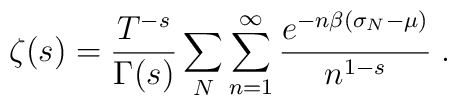
\zeta(s)=\frac{T^{-s}}{\Gamma(s)}\sum_N\sum_{n=1}^{\infty}          \frac{e^{-n\beta(\sigma_N-\mu)}}{n^{1-s}}\;.